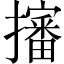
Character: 𢸙